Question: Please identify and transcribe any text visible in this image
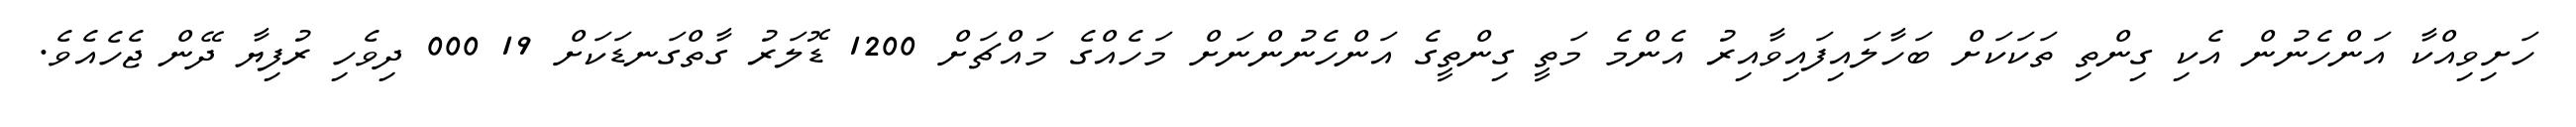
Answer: ހަށިވިއްކާ އަންހެނުން އެކި ގިންތި ތަކަކަށް ބަހާލައިފައިވާއިރު އެންމެ މަތީ ގިންތީގެ އަންހެނުންނަށް މަހެއްގެ މައްޗަށް 1200 ޑޮލަރު ގާތްގަނޑަކަށް 19 000 ދިވެހި ރުފިޔާ ދޭން ޖެހެއެވެ.